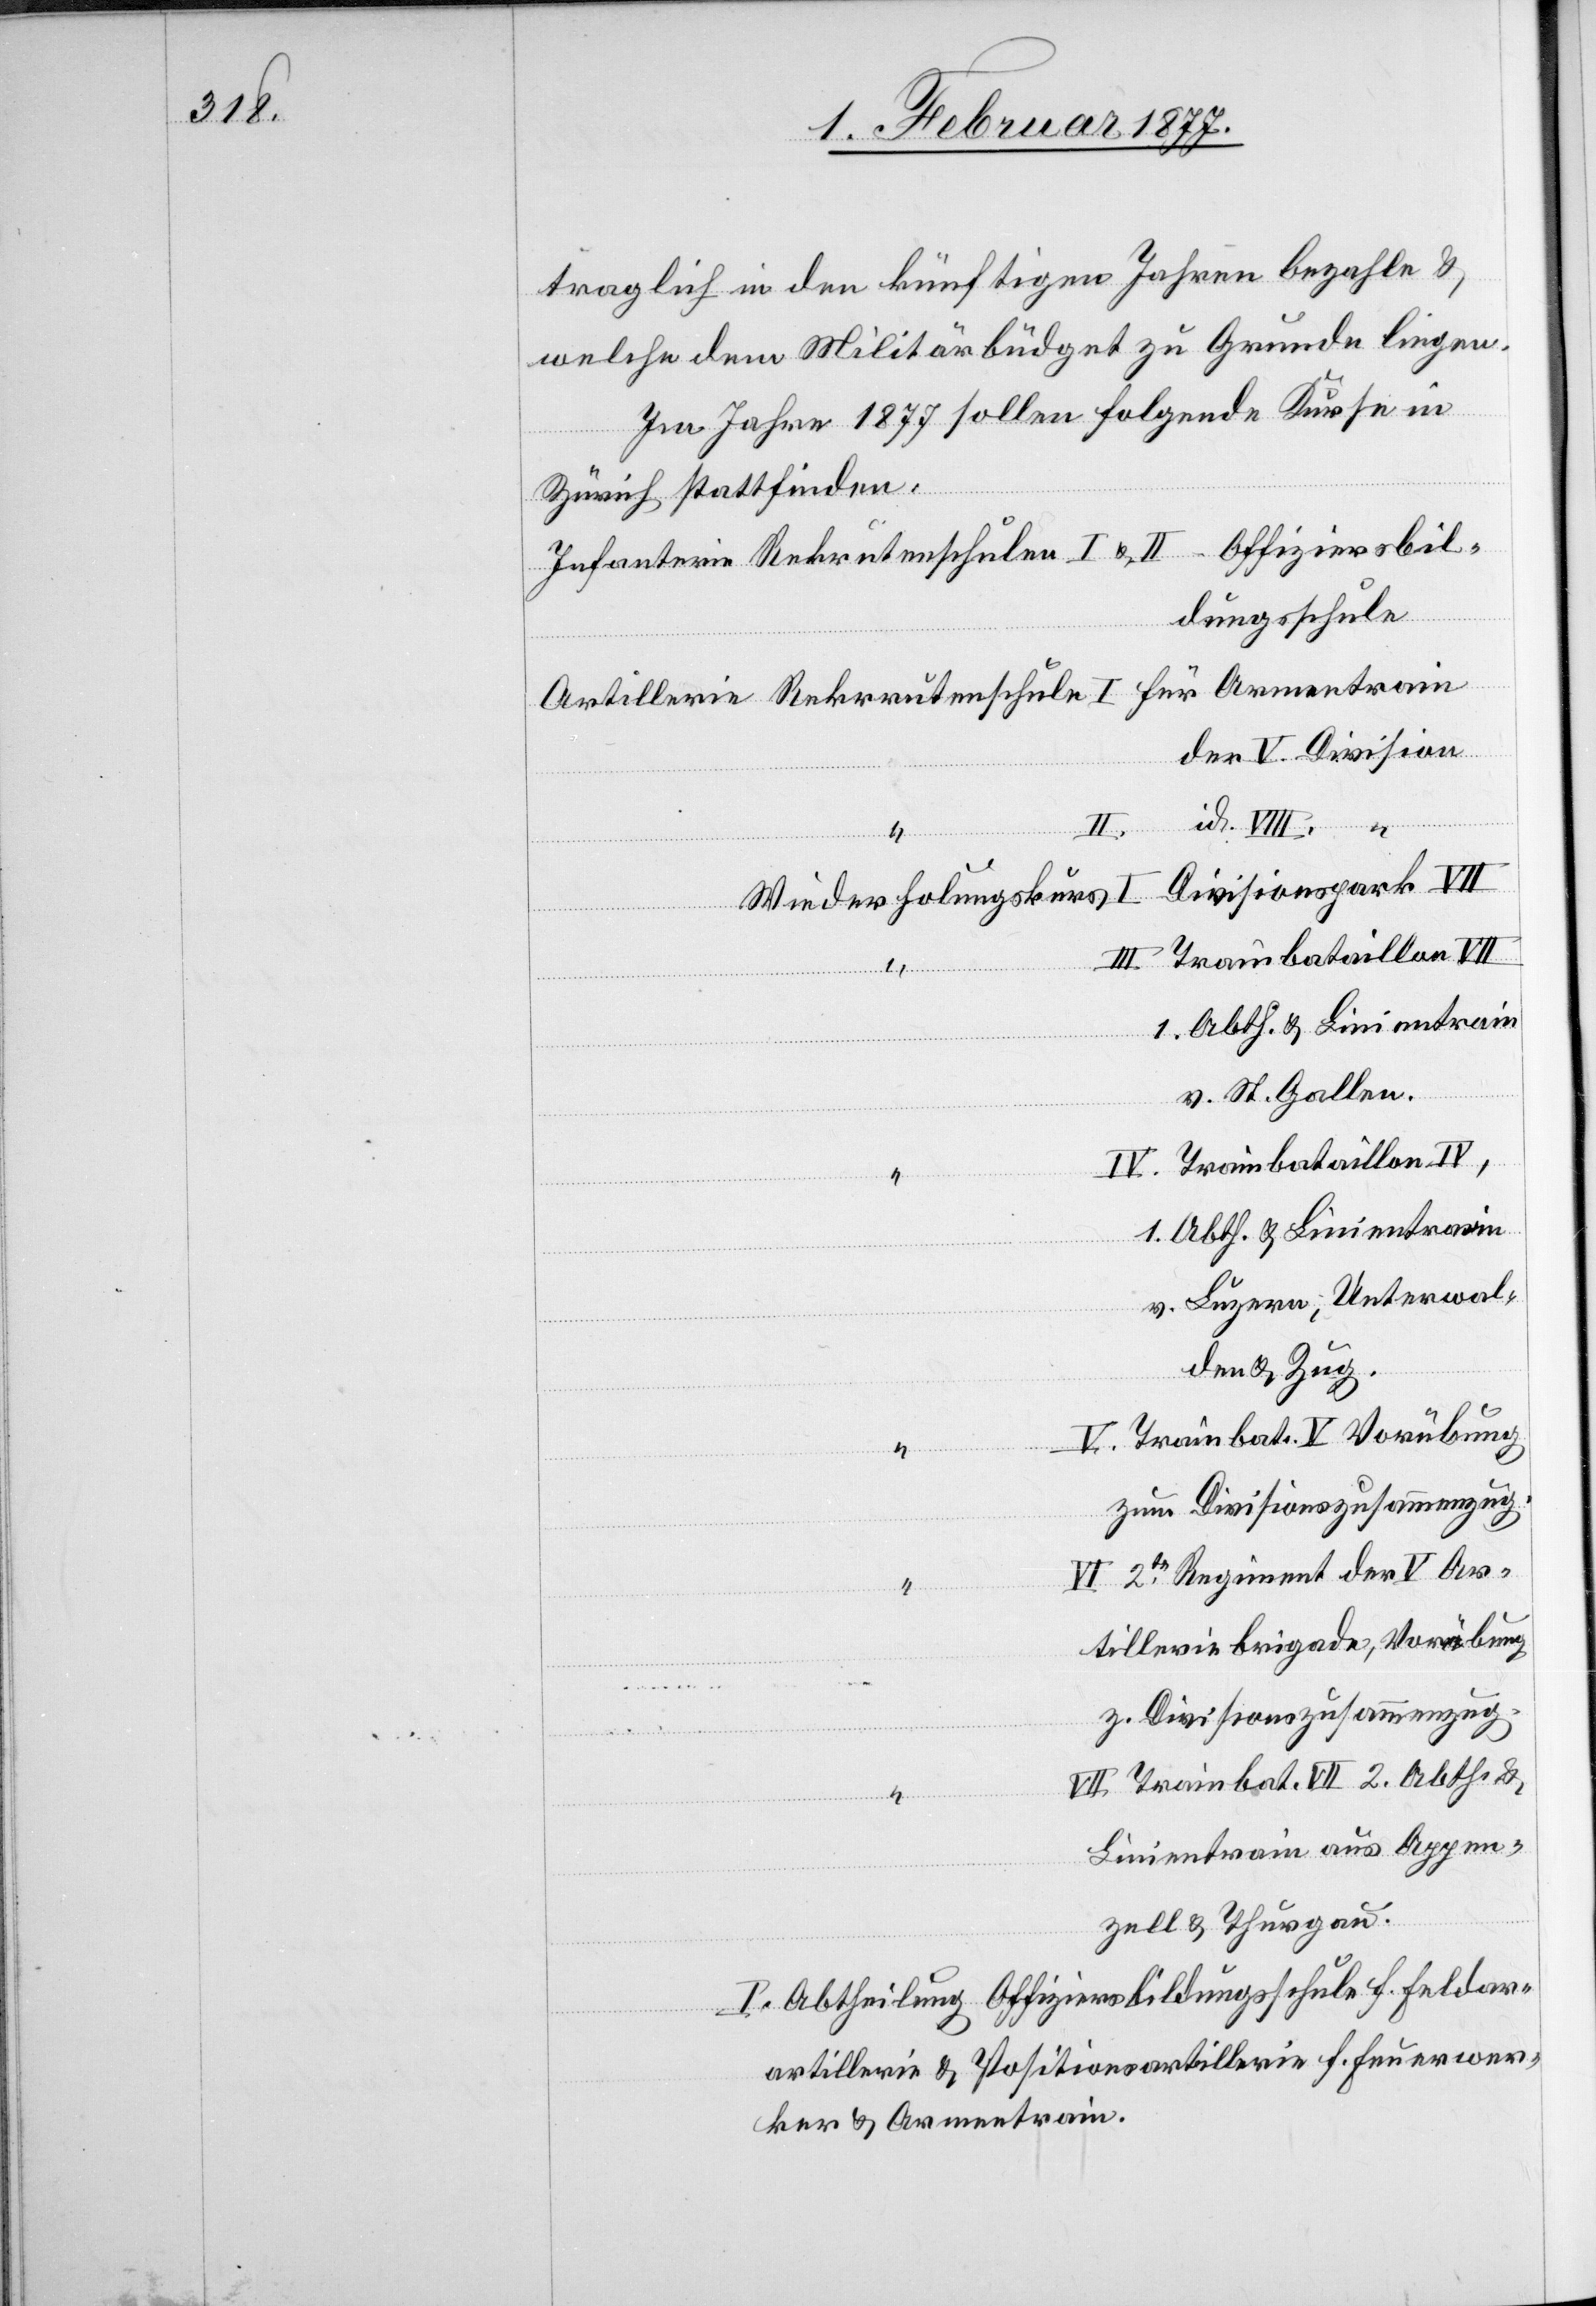
traglich in den künftigen Jahren bezahle &
welche dem Militärbüdget zu Grunde liegen.
Im Jahr 1877 sollen folgende Kurse in
terie
Zürich stattfinden:
dungsschule
der V. Division
id. VIII.
Divisionspark VII
Wiederholungskurs
v. St. Gallen.
IV. Trainbataillon IV,
1. Abth. & Linientrain
v. Luzern, Unterwal¬
den & Zug.
V. Trainbat. V Vorübung
zum Divisionszusammenzug.
VI 2te Regiment der V Ar¬
tilleriebrigade, Vorübung
Infan¬
z. Divisionszusammenzug.
für Armeetrain
VII Trainbat. VII 2. Abth. &
Linientrain aus Appen¬
zell & Thurgau.
I. Abtheilung Offiziersbildungsschule f. Feldar¬
artillerie [sic!] & Positionsartillerie f. Feuerwer¬
ker & Armeetrain.